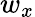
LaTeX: w_{x}